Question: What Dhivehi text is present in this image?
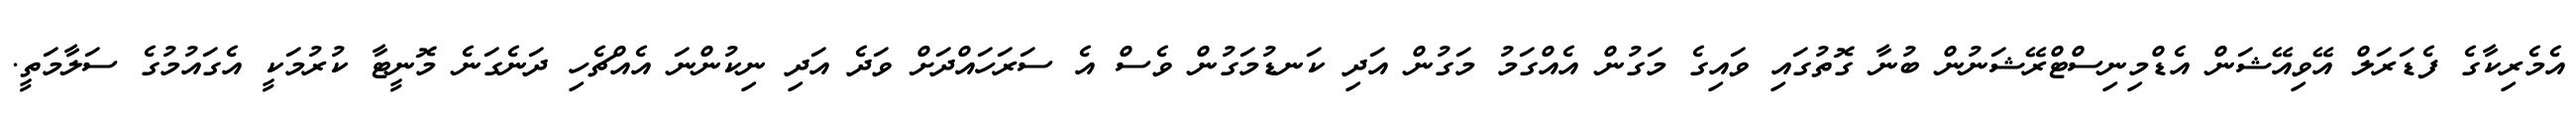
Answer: އެމެރިކާގެ ފެޑަރަލް އޭވިއޭޝަން އެޑްމިނިސްޓްރޭޝަނުން ބުނާ ގޮތުގައި ވައިގެ މަގުން އެއްގަމު މަގުން އަދި ކަނޑުމަގުން ވެސް އެ ސަރަހައްދަށް ވަދެ އަދި ނިކުންނަ އެއްޗެހި ދަނެގަނެ މޮނީޓާ ކުރުމަކީ އެގައުމުގެ ސަލާމަތީ.